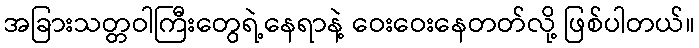
အခြားသတ္တဝါကြီးတွေရဲ့နေရာနဲ့ ဝေးဝေးနေတတ်လို့ ဖြစ်ပါတယ်။